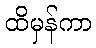
ထိမှန်ကာ